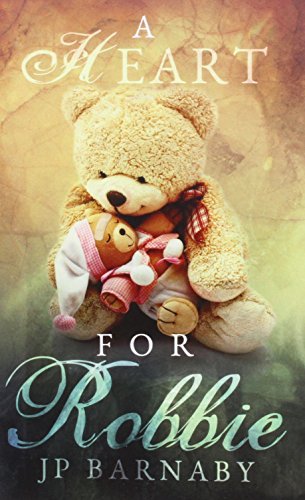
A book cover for A Heart for Robbie; Jp Barnaby; Romance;